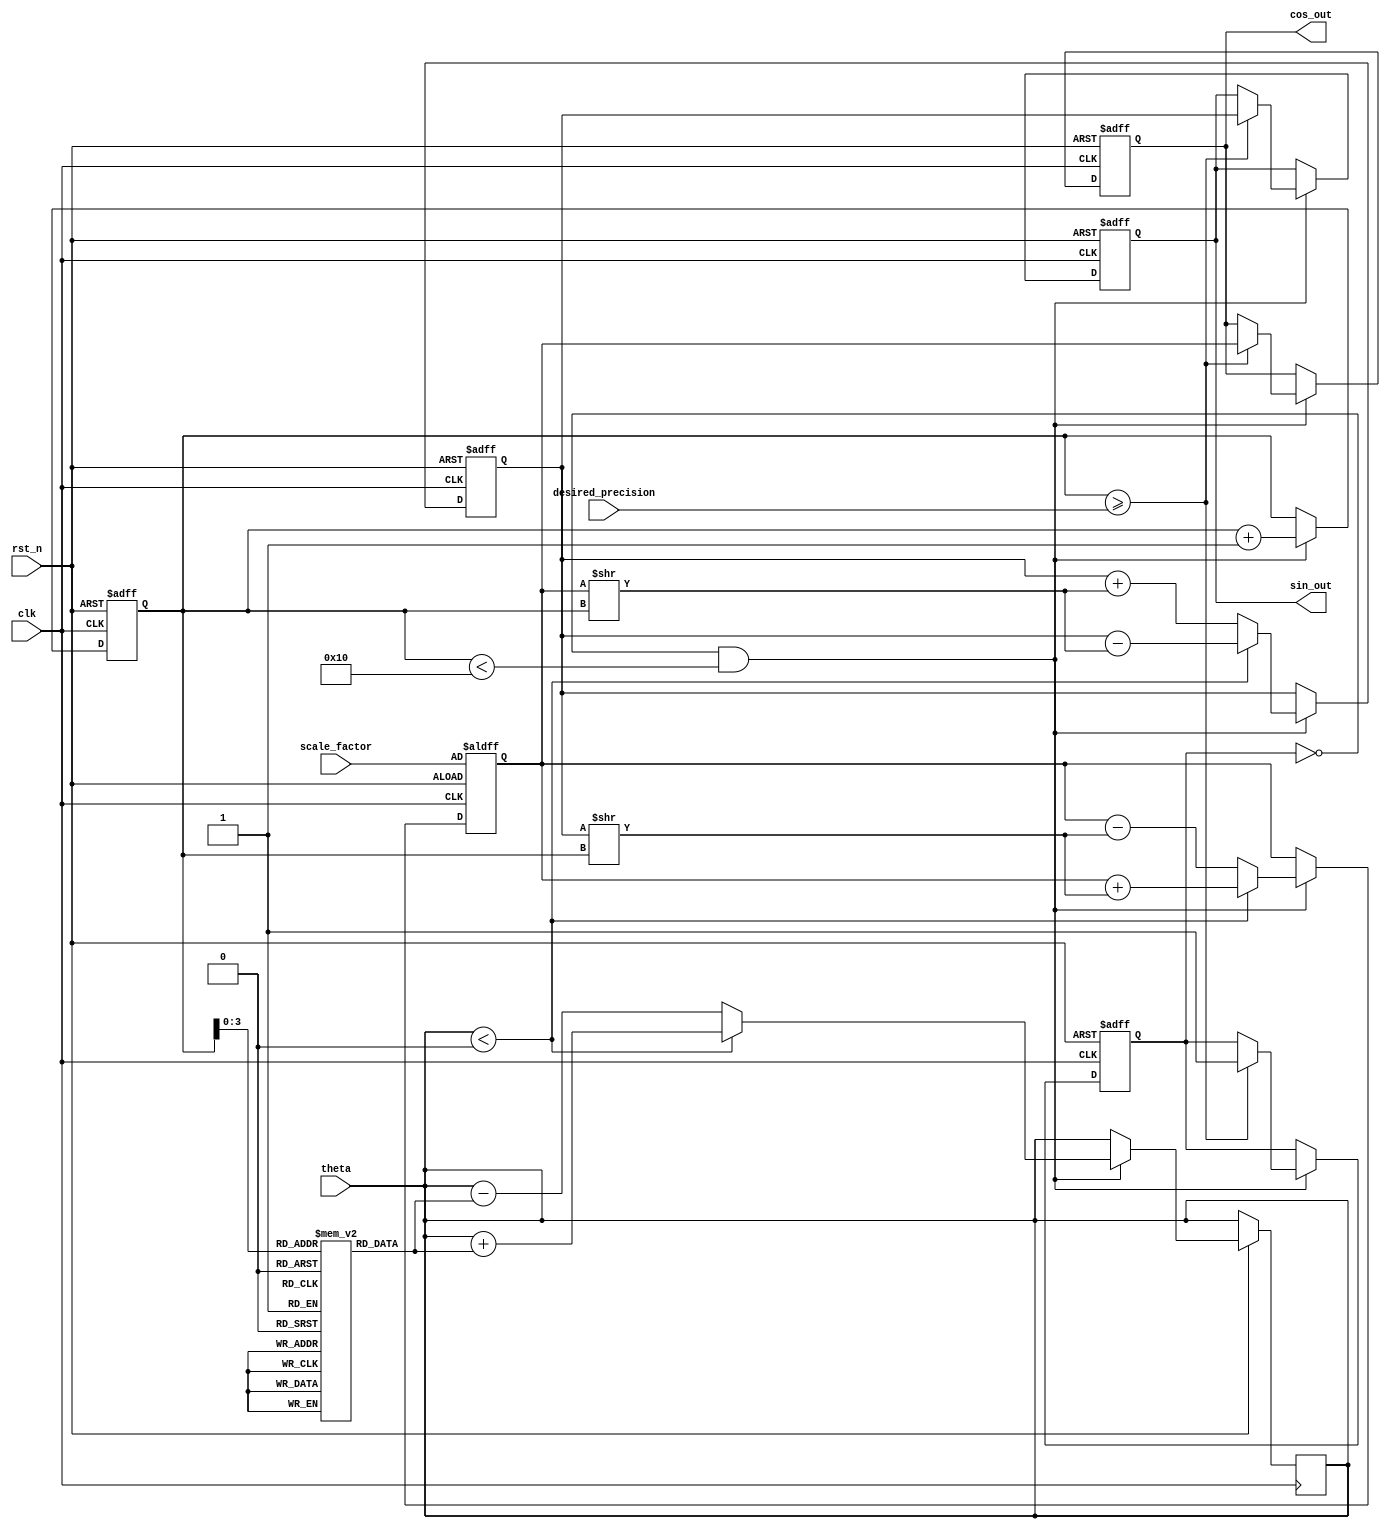
module adaptive_cordic (
    input clk,
    input rst_n,
    input [31:0] theta,        // Input angle (radians) in Q31 format (1.31 fixed-point)
    input [31:0] scale_factor, // Scaling factor for output
    input [7:0] desired_precision, // Desired precision level (1 to 255)
    output reg [31:0] sin_out, // Output sine value
    output reg [31:0] cos_out  // Output cosine value
);
   
    // CORDIC parameters
    parameter MAX_ITERATIONS = 16;
    reg [31:0] angle_table [0:MAX_ITERATIONS-1];
    reg [31:0] x, y; // X and Y values for CORDIC algorithm
    reg [7:0] iteration_count;
    reg [7:0] current_iteration;
    wire [31:0] arctan_val;
    reg converged;

    // Initialization of angle table
    initial begin
        angle_table[0] = 32'h00000000; // atan(0)
        angle_table[1] = 32'h3248F5DA; // atan(1/2^1) = 0.463647609
        angle_table[2] = 32'h1DAC700A; // atan(1/2^2) = 0.244978663
        angle_table[3] = 32'h1A6462C8; // atan(1/2^3) = 0.124354995
        // Add more values as necessary...
        angle_table[15] = 32'h00000000; // For completeness
        x = 32'h00000000; // Initialize x
        y = 32'h00000000; // Initialize y
        iteration_count = 0; // Start with 0 iterations
        current_iteration = 0;
        converged = 0;
    end

    always @(posedge clk or negedge rst_n) begin
        if (!rst_n) begin
            sin_out <= 32'b0;
            cos_out <= 32'b0;
            iteration_count <= 0;
            current_iteration <= 0;
            x <= scale_factor; // Initial x value (cos(0) = 1)
            y <= 32'b0; // Initial y value (sin(0) = 0)
            converged <= 0;
        end else if (!converged && current_iteration < MAX_ITERATIONS) begin
            // Perform CORDIC rotation
            if (theta < 0) begin
                x <= x + (y >> current_iteration);
                y <= y - (x >> current_iteration);
                theta <= theta + angle_table[current_iteration];
            end else begin
                x <= x - (y >> current_iteration);
                y <= y + (x >> current_iteration);
                theta <= theta - angle_table[current_iteration];
            end
            
            current_iteration <= current_iteration + 1;

            // Check convergence based on desired precision
            if (current_iteration >= desired_precision) begin
                converged <= 1;
                sin_out <= y; // Output sine value
                cos_out <= x; // Output cosine value
            end
        end
    end

endmodule